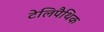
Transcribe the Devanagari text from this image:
टेलिपैथिक